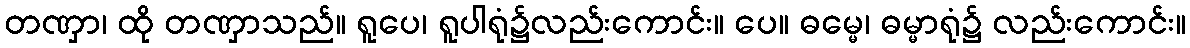
တဏှာ၊ ထို တဏှာသည်။ ရူပေ၊ ရူပါရုံ၌လည်းကောင်း။ ပေ။ ဓမ္မေ၊ ဓမ္မာရုံ၌ လည်းကောင်း။